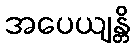
အပေယျန္တိ